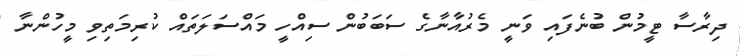
ދިރާސާ ޓީމުން ބުނެފައި ވަނީ މެރުއާނާގެ ސަބަބުން ސިއްހީ މައްސަލަތައް ކުރިމަތިވި މީހުންނާ